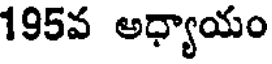
195వ అధ్యాయం